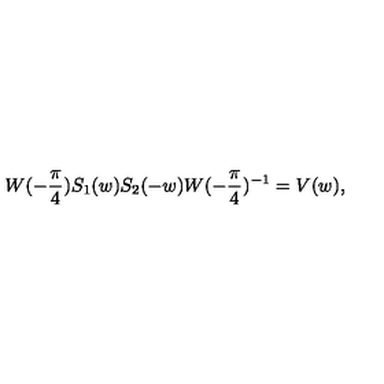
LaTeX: W ( - \frac { \pi } { 4 } ) S _ { 1 } ( w ) S _ { 2 } ( - w ) W ( - \frac { \pi } { 4 } ) ^ { - 1 } = V ( w ) ,